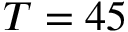
T = 4 5